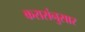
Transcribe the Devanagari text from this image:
करारांनुसार